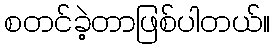
စတင်ခဲ့တာဖြစ်ပါတယ်။